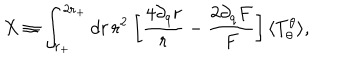
LaTeX: X \equiv \int _ { r _ { + } } ^ { 2 r _ { + } } d r \, r ^ { 2 } \: \biggl [ \frac { 4 \partial _ { q } r } { r } - \frac { 2 \partial _ { q } F } { F } \biggr ] \, \langle T _ { \theta } ^ { \theta } \rangle ,